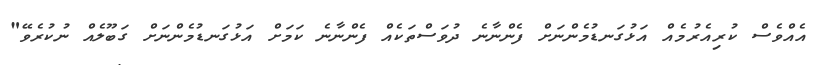
އެއްވެސް ކުރިއެރުމެއް އަޅުގަނޑުމެންނަށް ފެންނާނެ ދުވަސްތަކެއް ފެންނާނެ ކަމަށް އަޅުގަނޑުމެންނަށް ގަބޫލެއް ނުކުރެވޭ"